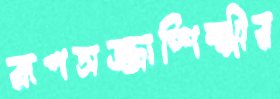
রূপসজ্জাশিল্পীর